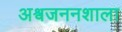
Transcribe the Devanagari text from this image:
अश्वजननशाला